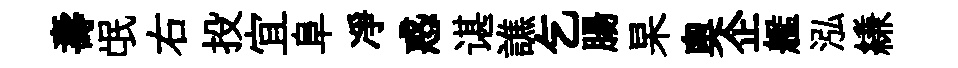
壽氓右投宜阜凈惑谌譙乞腸杲奧企艦泓縑